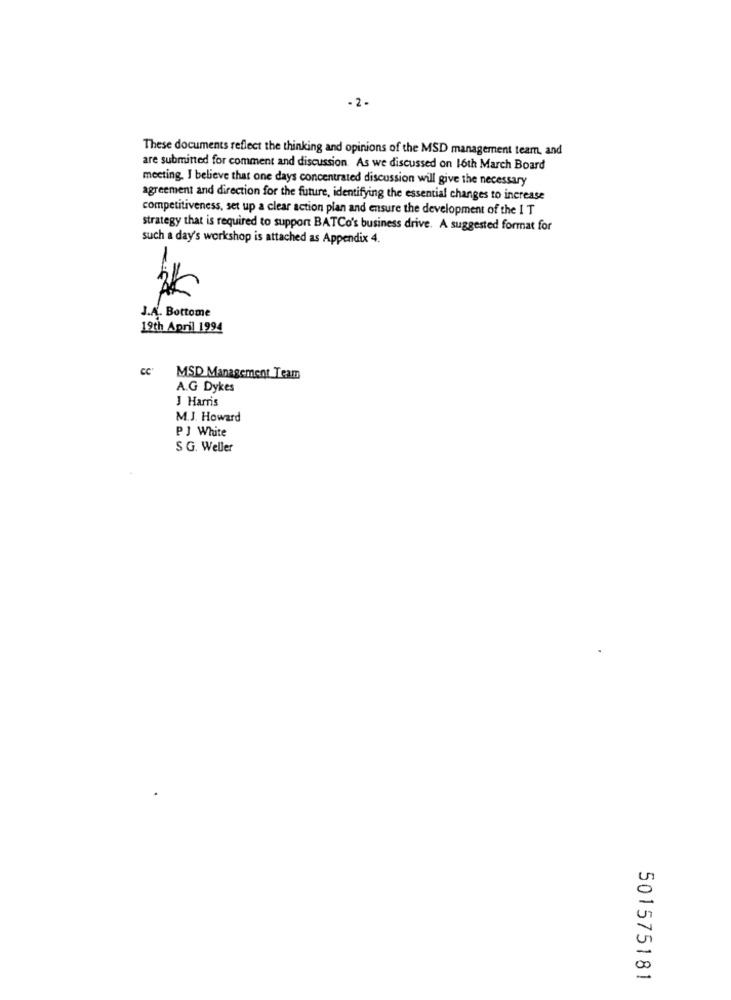
-2.
These documents reflect the thinking and opinions of the MSD management team, and
are submitted for comment and discussion. As we discussed on 16th March Board
meeting, I believe that one days concentrated discussion will give the necessary
agreement and direction for the future, identifying the essential changes to increase
competitiveness, set up a clear action plan and ensure the development of the I T
strategy that is required to support BATCo's business drive. A suggested format for
such a day's workshop is attached as Appendix 4.
J.A. Bottome
19th April 1994
"C"
MSD Management Team
A.G Dykes
J Harris
M.J. Howard
PJ White
S G. Weller
501575181